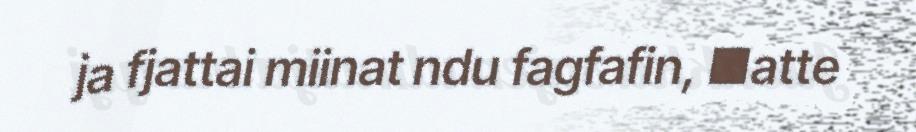
ja fjattai miinat ndu fagfafin, ■atte